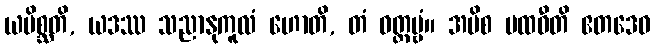
ယမိစ္ဆတိ, ယဒဿ သညာနုကူလံ ဟောတိ, တံ ဝတ္တဗ္ဗံ။ အပိစ ပထဝီတိ ဧတဒေဝ